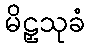
မိဠှသုခံ